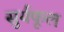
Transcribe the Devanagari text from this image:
सुर्यफूल